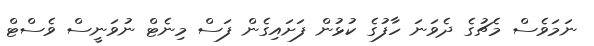
ނަމަވެސް މެޗުގެ ދެވަނަ ހާފުގެ ކުޅުން ފަށައިގެން ފަސް މިނެޓް ނުވަނީސް ވެސްޓް